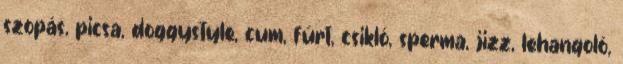
szopás, picsa, doggystyle, cum, fúrt, csikló, sperma, jizz, lehangoló,